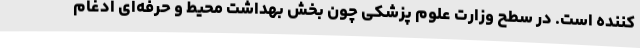
کننده است. در سطح وزارت علوم پزشکی چون بخش بهداشت محیط و حرفه‌ای ادغام